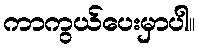
ကာကွယ်ပေးမှာပါ။